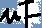
Text: µF